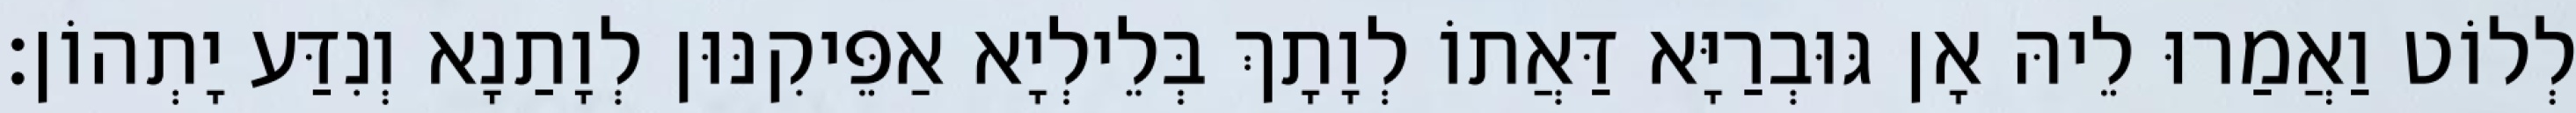
לְלוֹט וַאֲמַרוּ לֵיהּ אָן גּוּבְרַיָּא דַּאֲתוֹ לְוָתָךְ בְּלֵילְיָא אַפֵּיקִנּוּן לְוָתַנָא וְנִדַּע יָתְהוֹן׃